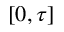
[ 0 , \tau ]